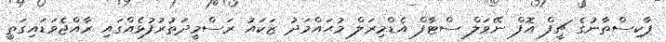
ޕާކިސްތާނުގެ ޗީފް އޮފް ނޭވަލް ސްޓާފް އެޑްމިރަލް މުޙައްމަދު ޒަކައު ރަސްމީދަތުރުފުޅެއްގައި ރާއްޖެވަޑައިގަތީ